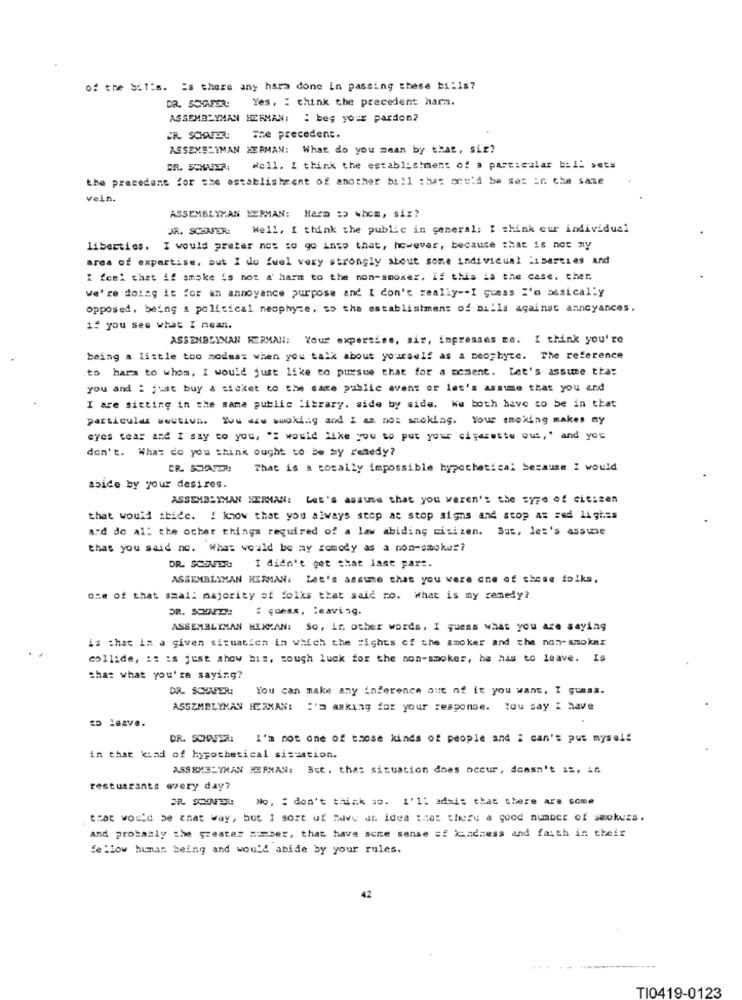
of the bills. is there any harm done In passing these bi:1s?
Yes, : chink che precedent harm.
DR. SCHAFER:
ASSEMBLYMAN HERMAN: : beg your pardon2
CR SCHAFER: The precedent.
ASSEMBLYMAN HERMAN: What do you mean by that, sir?
BR. SCHAUTER
Well. I think the establishment of a particular bill sets
the precedent for the establishment of another bill that orn'd be set in the same
vein.
ASSEMBLYMAN MERMAN: Harm =5 whom, siz?
JR. SCHAFER:
Well, I think the public in general; I think our individual
Liberties. I would prefer not to go into that, however, because that is not my
area of expertise, but I do fuel very strongly about some individual isbereles and
I feel that if smoke is not a' harm to the non-smoker, if this is the case, ther.
we're doing it for an annoyance purpose and I don't really -- I guess i'm basically
opposed, being a political neophyte, so the establishment of bills against annoyances,
if you see what I nean.
ASSEMBLYMAN HERMAN: Your expertise, sir, inpresses me. I think you're
being a little too modest when you talk about yourself as a neophyte. The reference
to hara to whom, I would just like to pursue that for a moment. Let's assume that
you and : just buy & sicket to the care public evens of let's assume that you and
I are sitting in the same public library, side by side. We both have to be in that
particular wewtius. You dzw swoking and I am not smoking. Your smoking makes ny
eyes teas and I say to you, "I would like you to put your cigarette out," and you
don't. What do you think ought to be my renedy?
CR. SCHAFER!
That is a totally impossible hypothetical because I would
abide by your desires.
ASSEMBLYMAN HERMAN: Let's assume that you weren's the type of citizen
that would abide. I know that you always step at stop signs and stop at red lights
a:d do al: the ocher things required of a law abiding citizen. But, les's asswse
that you said no. What would be my somody as a non-smoker?
DR. SCUNEDR: I didn't get shat last part.
ASSEMBLYMAN HERMAN: Let's assume that you were one of these folks,
one of that smal: majority of folks that said no. What is my remedy?
I guess, leaving.
ASSEMBLYMAN HEXMAN: So, ir. other words. I guess what you are saying
is that is a given situation in which the Fights of the smoker and the non-smoker
collide, i: is just show biz, tough luck for the non-smoker, he has to leave. Is
that what you're saying?
DR. SCHAFER:
You can make any inference out of it you want, I guess.
ASSEMBLYMAN HERMAN: I'm asking for your response. You say I have
to leave.
DR. SCHPER:
I'm not one of those kinds of people and I can't pus myself
in that kind of hypothetical situation.
ASSEMBLYMAN HERNAN: But. thas situation does occur, doesn't 1 =, if
restuarants every day?
ER SONFER:
No. : don't think so. I'll admit that there are some
that would be that way, but I sort of Mave al idea that there a good number of smokers.
and probably the greater zumber, that have some sense of kindness and faith in their
fellow human being and would abide by your rules.
42
TI0419-0123